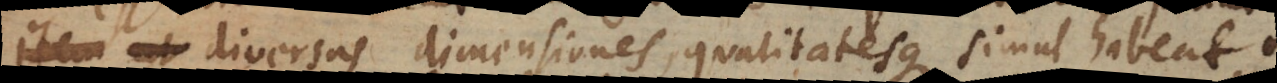
diversas dimensiones qualitatesque simul habeat,